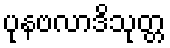
ပုနဗလာဒိသုတ္တ